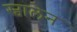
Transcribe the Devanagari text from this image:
स्वालेन